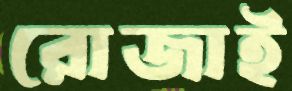
রোজাই